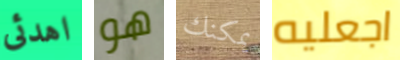
اهدئى هو يمكنك اجعليه